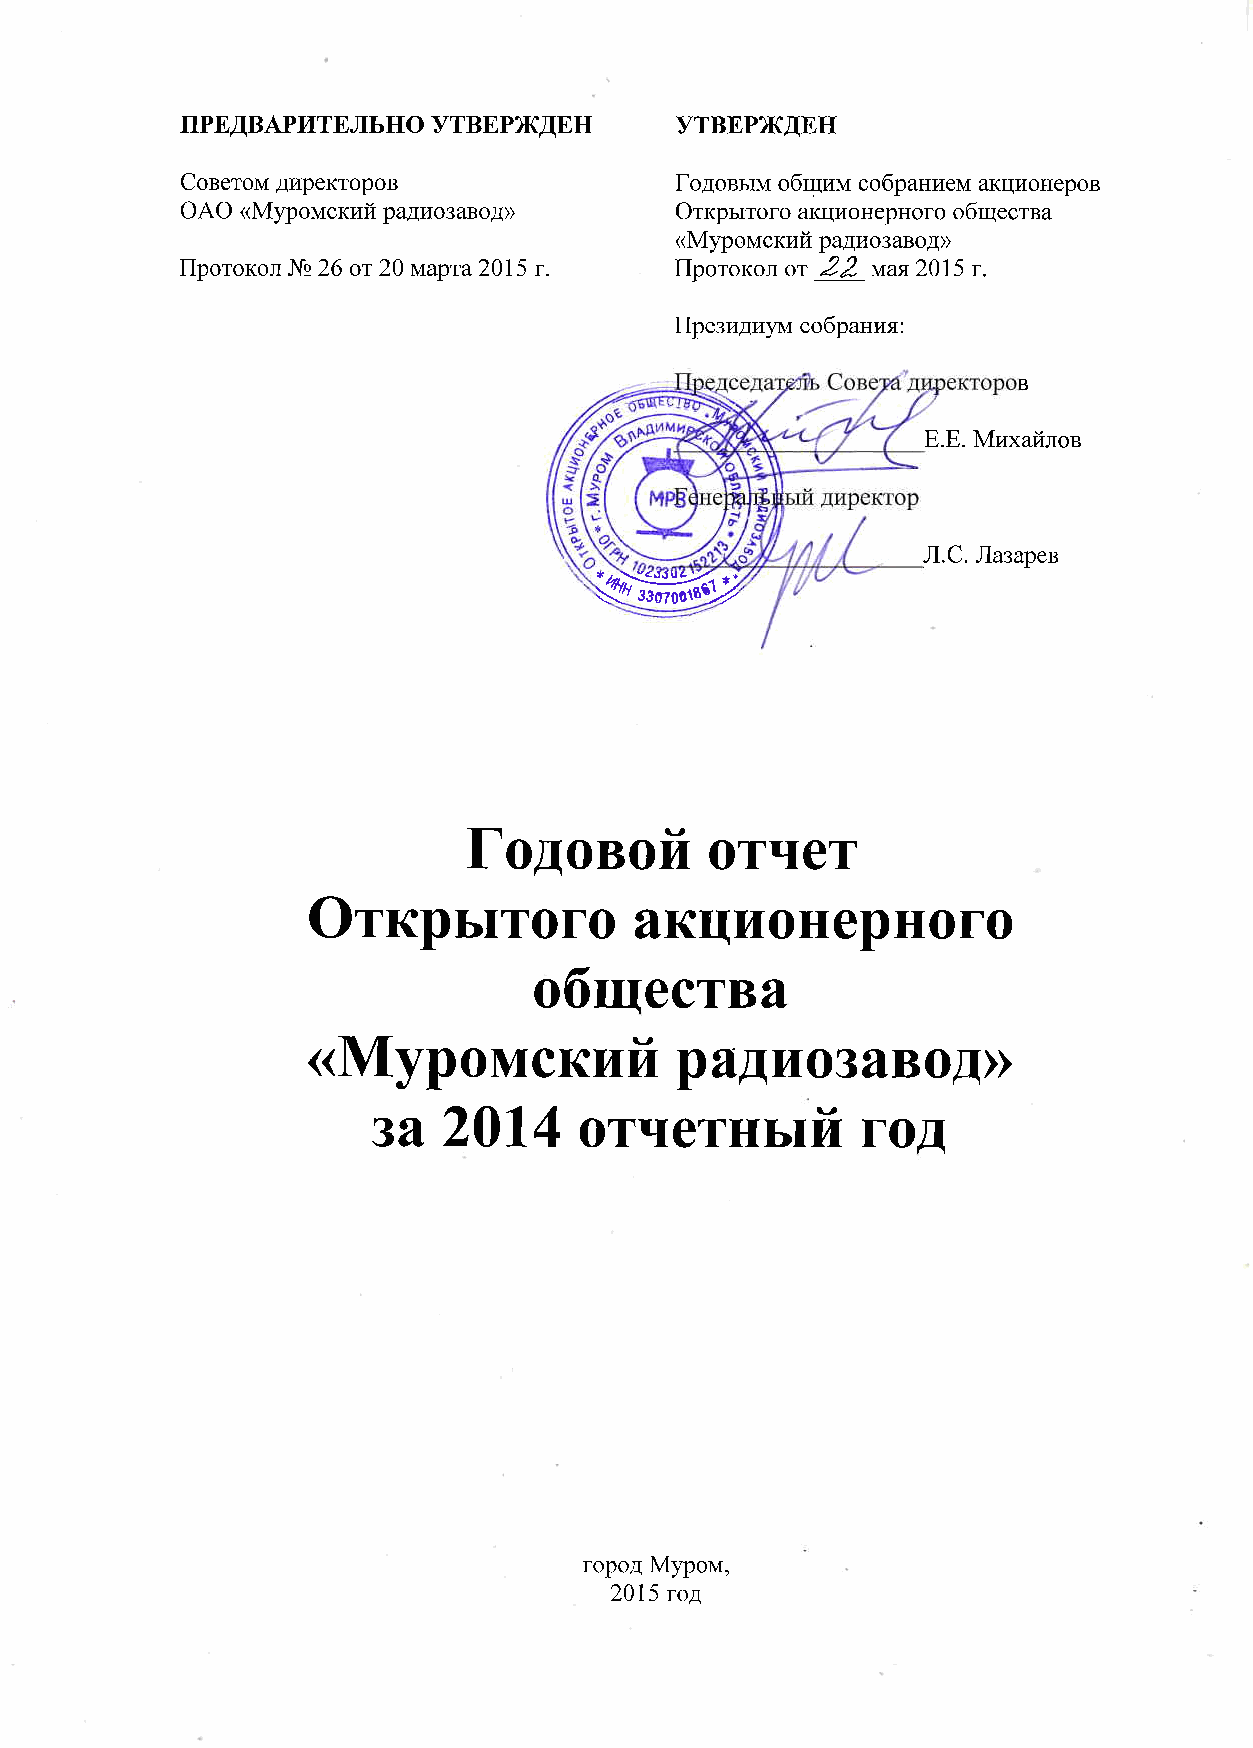
ПРЕДВАРИТЕЛЬНО   УТВЕРЖДЕН       УТВЕРЖДЕН
 Советом  директоров              Годовым  обцим  собранием  акционеров
 ОАО  кМуромский  радиозавод      Открытого  акционерного  общества
 кМуромский
 радиозавод
 Протокол    Ъ     от     марта       г  Протокол  от  мая       г
 Президи  м  собрания
 в
 Е  Е   Михайлов
 Л  С   Лазарев
 Ф
 Годовой         отчет
 Открытого             акционерного
 обшества
 Муромский
 адиозавод
 р
 за           отчетныЙ           год
 город  Муром
 год